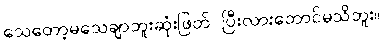
သေတော့မသေချာဘူးဆုံးဖြတ် ပြီးလားတောင်မသိဘူး။